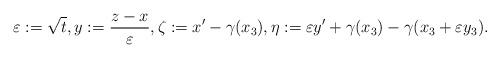
LaTeX: \begin{align*}\varepsilon:=\sqrt{t},y := \frac{z - x}{\varepsilon},\zeta:=x'-\gamma(x_3),\eta := \varepsilon y' + \gamma(x_3) - \gamma(x_3 + \varepsilon y_3).\end{align*}